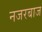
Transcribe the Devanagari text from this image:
नजरबाज